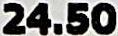
24.50